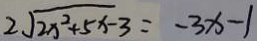
2 \sqrt { 2 x ^ { 2 } + 5 x - 3 } = - 3 x - 1